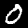
Digit: 0